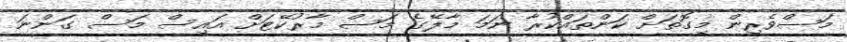
މަސްވެރިން މިގޮތަށް ކަންތައްކުރާ ނަމަ މާލޭގެ މަސް މާރުކޭޓަށް އައިސް މަސް ގަންނަ